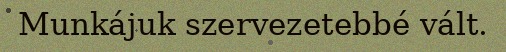
Munkájuk szervezetebbé vált.